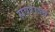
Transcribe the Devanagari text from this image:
सवराज्य